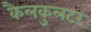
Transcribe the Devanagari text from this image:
कैलकुलटर